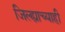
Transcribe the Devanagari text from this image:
जिल्ह्याच्याही